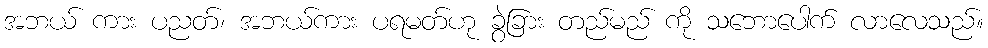
အဘယ် ကား ပညတ်၊ အဘယ်ကား ပရမတ်ဟု ခွဲခြား တည်မည် ကို သဘောပေါက် လာလေသည်။